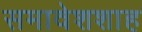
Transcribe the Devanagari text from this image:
समावेशशाह